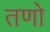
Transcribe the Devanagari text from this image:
तणो